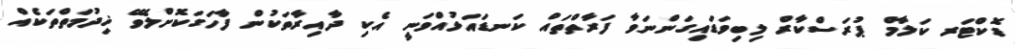
ޑޮކްޓަރ ކަލާމް ޕުރަސްކާރް ލިބިވަޑައިގަންނަވާ ފަރާތްތައް ކަނޑައަޅުއްވަނީ އެކި ދާއިރާތަކުން ފާހަގަކޮށްލެވޭ ޚިދުމަތްތަކެއް